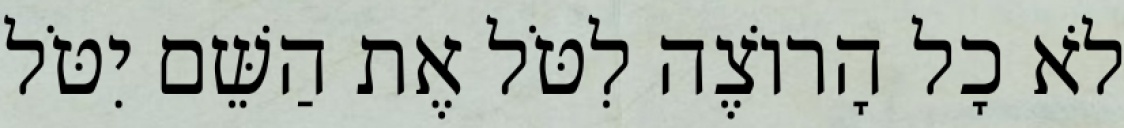
לֹא כָל הָרוֹצֶה לִטֹּל אֶת הַשֵּׁם יִטֹּל